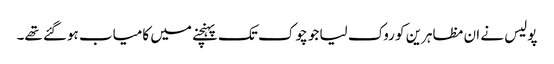
پولیس نے ان مظاہرین کو روک لیا جو چوک تک پہنچنے میں کامیاب ہوگئے تھے۔